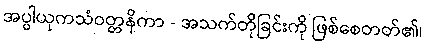
အပ္ပါယုကသံဝတ္တနိကာ - အသက်တိုခြင်းကို ဖြစ်စေတတ်၏၊